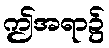
ဤအရာ၌